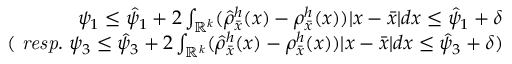
\begin{array} { r } { \psi _ { 1 } \le \hat { \psi } _ { 1 } + 2 \int _ { \mathbb { R } ^ { k } } ( \hat { \rho } _ { \bar { x } } ^ { h } ( x ) - \rho _ { \bar { x } } ^ { h } ( x ) ) | x - \bar { x } | d x \le \hat { \psi } _ { 1 } + \delta } \\ { ( \mathrm { \it ~ r e s p . } \ \psi _ { 3 } \le \hat { \psi } _ { 3 } + 2 \int _ { \mathbb { R } ^ { k } } ( \hat { \rho } _ { \bar { x } } ^ { h } ( x ) - \rho _ { \bar { x } } ^ { h } ( x ) ) | x - \bar { x } | d x \le \hat { \psi } _ { 3 } + \delta ) } \end{array}